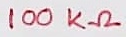
Text: 100KΩ